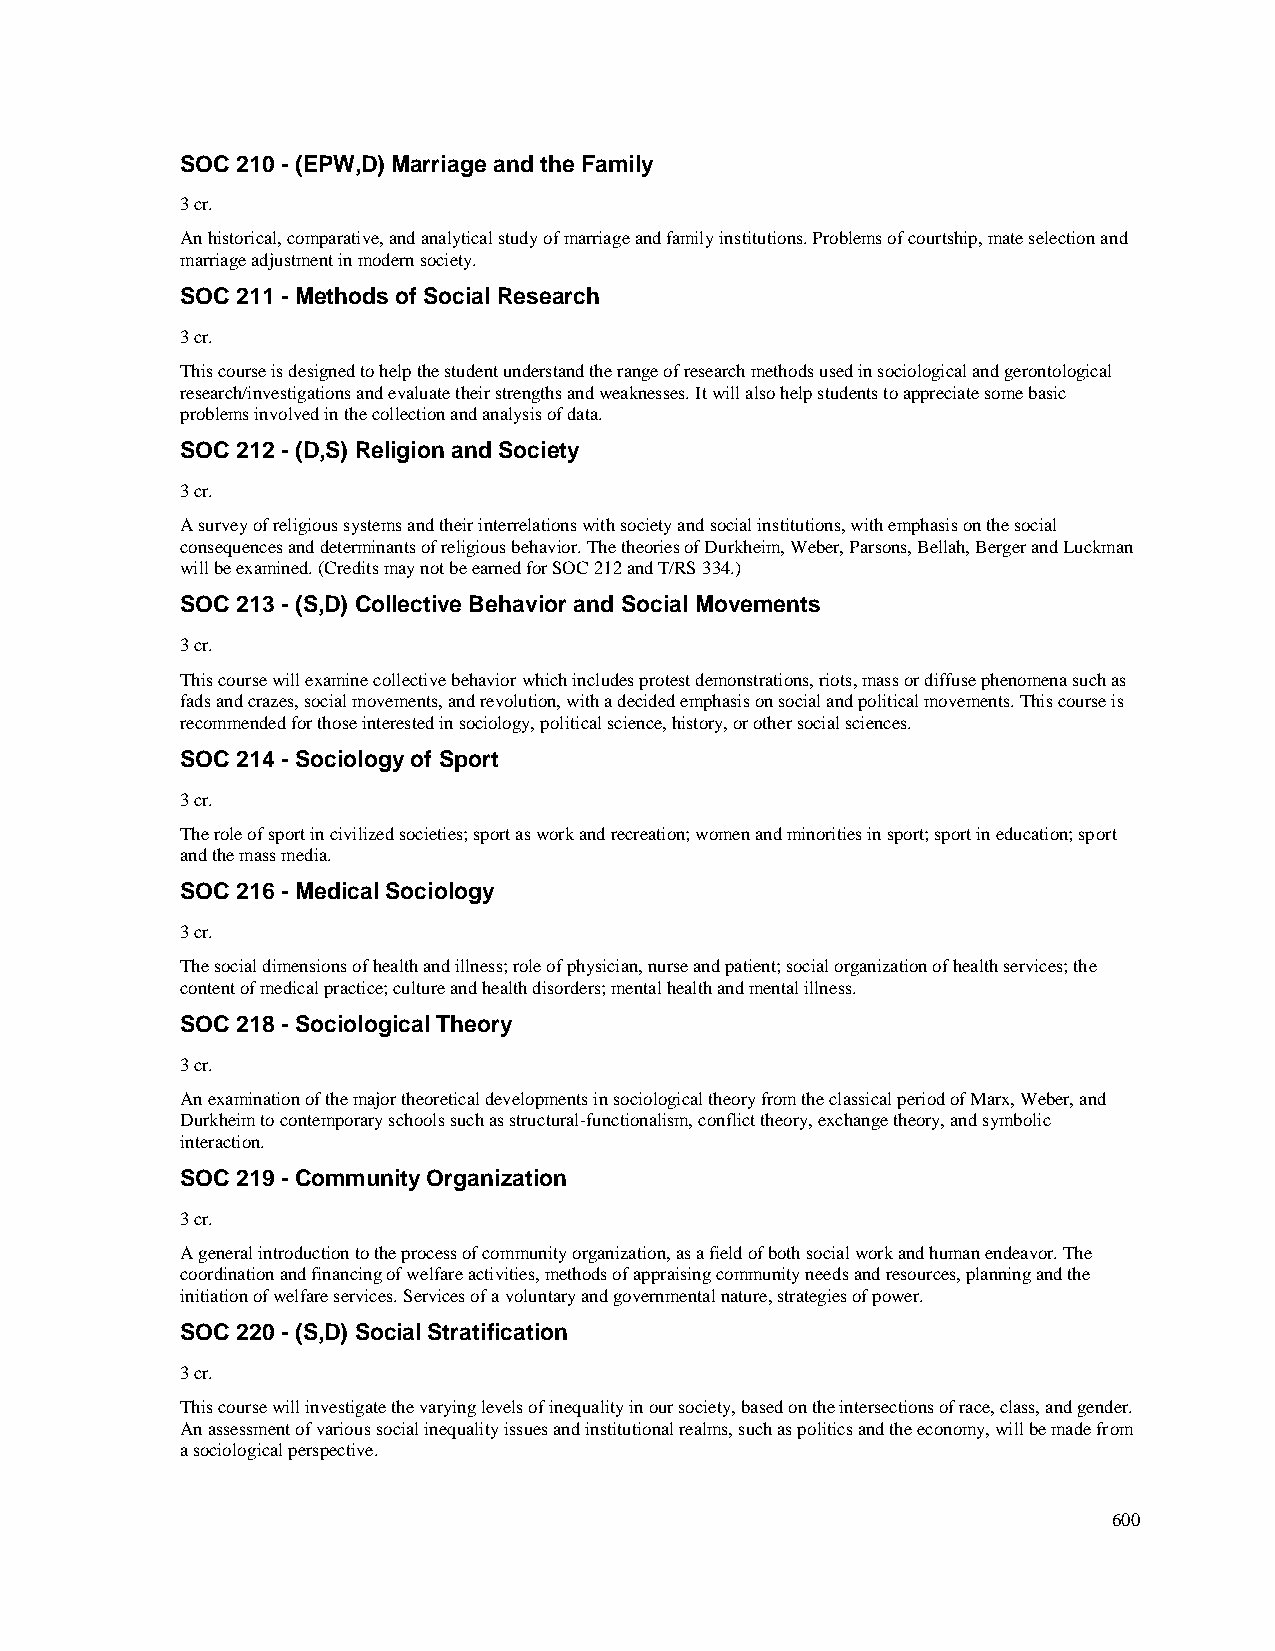
SOC 210 - (EPW,D) Marriage and the Family
 3 cr.
 An historical, comparative, and analytical study of marriage and family institutions. Problems of courtship, mate selection and
 marriage adjustment in modern society.
 SOC 211 - Methods of Social Research
 3 cr.
 This course is designed to help the student understand the range of research methods used in sociological and gerontological
 research/investigations and evaluate their strengths and weaknesses. It will also help students to appreciate some basic
 problems involved in the collection and analysis of data.
 SOC 212 - (D,S) Religion and Society
 3 cr.
 A survey of religious systems and their interrelations with society and social institutions, with emphasis on the social
 consequences and determinants of religious behavior. The theories of Durkheim, Weber, Parsons, Bellah, Berger and Luckman
 will be examined. (Credits may not be earned for SOC 212 and T/RS 334.)
 SOC 213 - (S,D) Collective Behavior and Social Movements
 3 cr.
 This course will examine collective behavior which includes protest demonstrations, riots, mass or diffuse phenomena such as
 fads and crazes, social movements, and revolution, with a decided emphasis on social and political movements. This course is
 recommended for those interested in sociology, political science, history, or other social sciences.
 SOC 214 - Sociology of Sport
 3 cr.
 The role of sport in civilized societies; sport as work and recreation; women and minorities in sport; sport in education; sport
 and the mass media.
 SOC 216 - Medical Sociology
 3 cr.
 The social dimensions of health and illness; role of physician, nurse and patient; social organization of health services; the
 content of medical practice; culture and health disorders; mental health and mental illness.
 SOC 218 - Sociological Theory
 3 cr.
 An examination of the major theoretical developments in sociological theory from the classical period of Marx, Weber, and
 Durkheim to contemporary schools such as structural-functionalism, conflict theory, exchange theory, and symbolic
 interaction.
 SOC 219 - Community Organization
 3 cr.
 A general introduction to the process of community organization, as a field of both social work and human endeavor. The
 coordination and financing of welfare activities, methods of appraising community needs and resources, planning and the
 initiation of welfare services. Services of a voluntary and governmental nature, strategies of power.
 SOC 220 - (S,D) Social Stratification
 3 cr.
 This course will investigate the varying levels of inequality in our society, based on the intersections of race, class, and gender.
 An assessment of various social inequality issues and institutional realms, such as politics and the economy, will be made from
 a sociological perspective.
 600